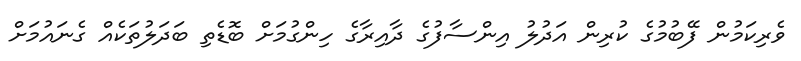
ވެރިކަމުން ފޭބުމުގެ ކުރިން އަދުލު އިންސާފުގެ ދާއިރާގެ ހިންގުމަށް ބޮޑެތި ބަދަލުތަކެއް ގެނައުމަށް